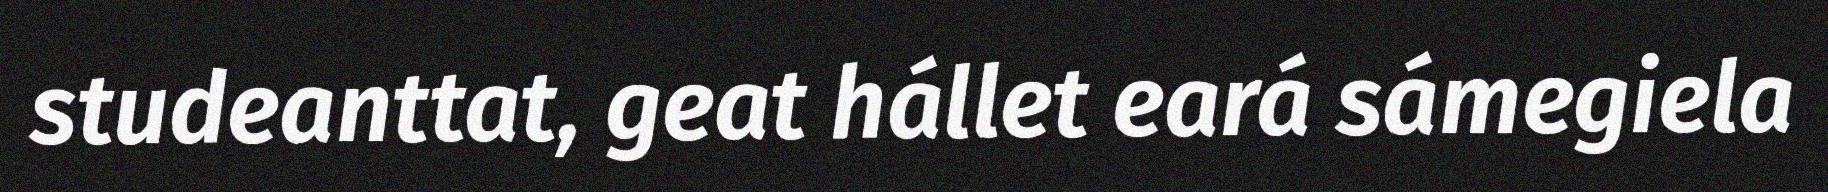
studeanttat, geat hállet eará sámegiela